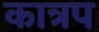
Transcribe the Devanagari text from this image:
कात्रप